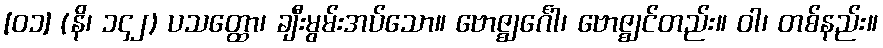
[၀၁] (နိ၊ ၁၄၂) ပသတ္ထော၊ ချီးမွမ်းအပ်သော။ ဗောဇ္ဈင်္ဂေါ၊ ဗောဇ္ဈင်တည်း။ ဝါ၊ တစ်နည်း။